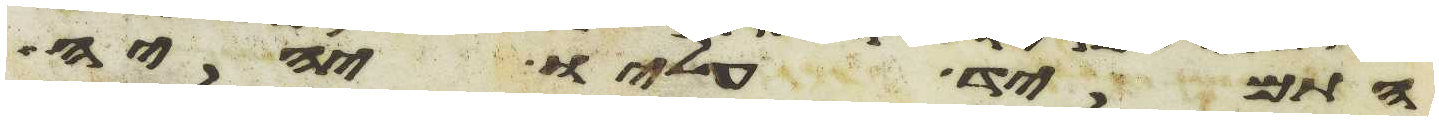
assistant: התמיד עליו יהיה